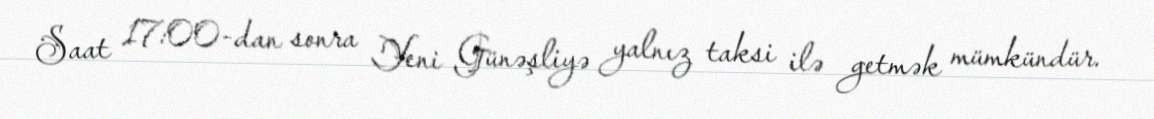
Saat 17:00-dan sonra Yeni Günəşliyə yalnız taksi ilə getmək mümkündür.